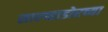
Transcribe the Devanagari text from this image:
साल्व्हाडोरच्या